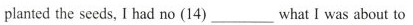
planted the seeds, I had no (14) ___ what I was about to